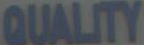
QUALITY